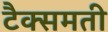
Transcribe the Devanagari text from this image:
टैक्समती